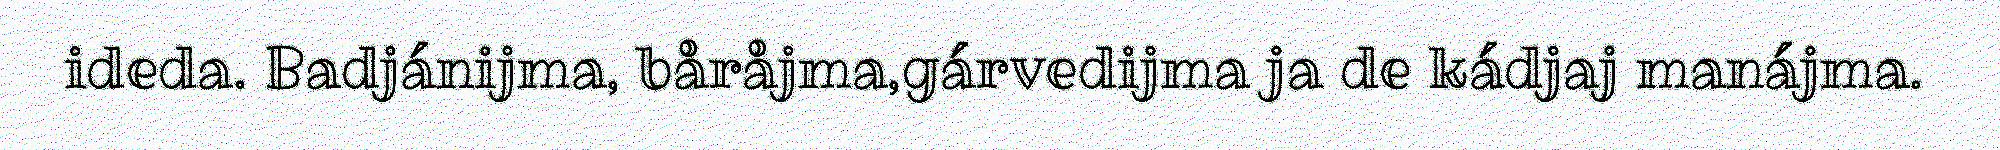
ideda. Badjánijma, båråjma,gárvedijma ja de kádjaj manájma.